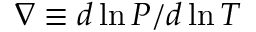
\ensuremath { \nabla } \equiv d \ln P / d \ln T